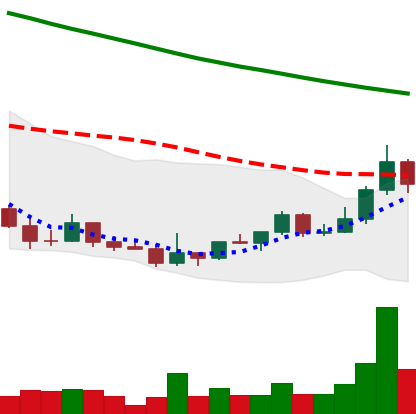
Ticker: DOGE-USD
Chart end date: 2022-03-25
Forward return: 9.31%
Label: up_7plus